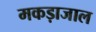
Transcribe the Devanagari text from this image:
मकड़ाजाल